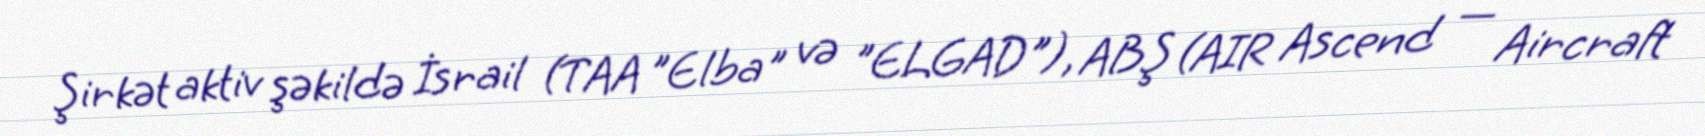
Şirkət aktiv şəkildə İsrail (TAA "Elba" və "ELGAD"), ABŞ (AIR Ascend — Aircraft